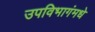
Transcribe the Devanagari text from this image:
उपविभागंमधे